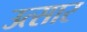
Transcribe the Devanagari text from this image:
उत्सार